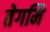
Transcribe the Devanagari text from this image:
तेगमि